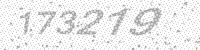
Solution: 173219